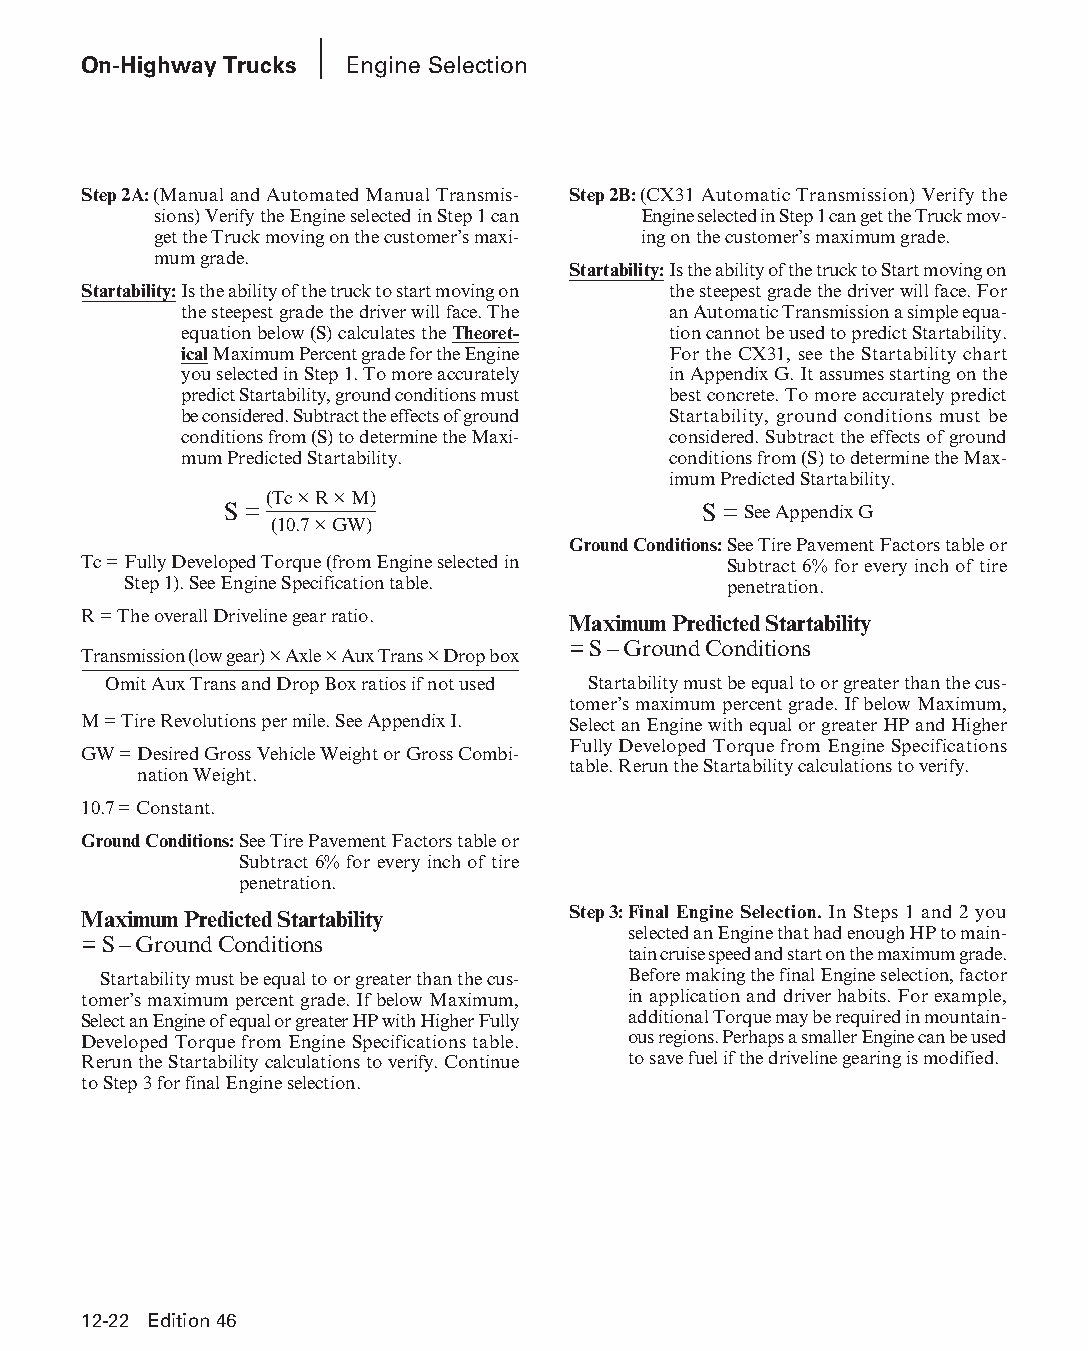
On-Highway Trucks Engine Selection
 Step 2A: (Manual and Automated Manual Trans mis- Step 2B: (CX31 Automatic Transmission) Verify the
 sions) Verify the Engine selected in Step 1 can Engine selected in Step 1 can get the Truck mov-
 get the Truck moving on the customer’s maxi- ing on the customer’s maximum grade.
 mum grade.
 Startability: Is the ability of the truck to Start moving on
 Startability: Is the ability of the truck to start moving on the steepest grade the driver will face. For
 the steepest grade the driver will face. The an Automatic Transmission a simple equa-
 equation below (S) calculates the Theo ret- tion cannot be used to predict Startability.
 ical Maximum Percent grade for the Engine For the CX31, see the Startability chart
 you selected in Step 1. To more accurately in Appendix G. It assumes starting on the
 predict Startability, ground con ditions must best concrete. To more accurately predict
 be considered. Subtract the effects of ground Startability, ground conditions must be
 conditions from (S) to determine the Maxi- considered. Subtract the effects of ground
 mum Predicted Start ability.     conditions from (S) to determine the Max-
 i mum Predicted Startability.
 (Tc × R × M)
 S =                             S = See Appendix G
 (10.7 × GW)
 Ground Conditions: See Tire Pavement Factors table or
 Tc = Fully Developed Torque (from Engine selected in Subtract 6% for every inch of tire
 Step 1). See Engine Specification table. penetration.
 R = The overall Driveline gear ratio. Maximum Predicted Startability
 = S – Ground Conditions
 Transmission (low gear) × Axle × Aux Trans × Drop box
 Omit Aux Trans and Drop Box ratios if not used Startability must be equal to or greater than the cus-
 tomer’s maximum percent grade. If below Maximum,
 M = Tire Revolutions per mile. See Appendix I. Select an Engine with equal or greater HP and Higher
 Fully Developed Torque from Engine Specifications
 GW = Desired Gross Vehicle Weight or Gross Combi-
 table. Rerun the Startability calculations to verify.
 na tion Weight.
 10.7 = Constant.
 Ground Conditions: See Tire Pavement Factors table or
 Subtract 6% for every inch of tire
 penetration.
 Maximum Predicted Startability  Step 3: Final Engine Selection. In Steps 1 and 2 you
 selected an Engine that had enough HP to main-
 = S – Ground Conditions
 tain cruise speed and start on the maximum grade.
 Startability must be equal to or greater than the cus- Before making the final Engine selection, factor
 tomer’s maximum percent grade. If below Maximum, in application and driver habits. For example,
 Select an Engine of equal or greater HP with Higher Fully additional Torque may be required in mountain-
 Developed Torque from Engine Specifications table. ous regions. Perhaps a smaller Engine can be used
 Rerun the Startability calculations to verify. Con tinue to save fuel if the driveline gearing is modified.
 to Step 3 for final Engine selection.
 12-22 Edition 46
 PPHHBB--SSeecc1122--1166..iinndddd 2222                        1122//44//1155 1100::4477 AAMM